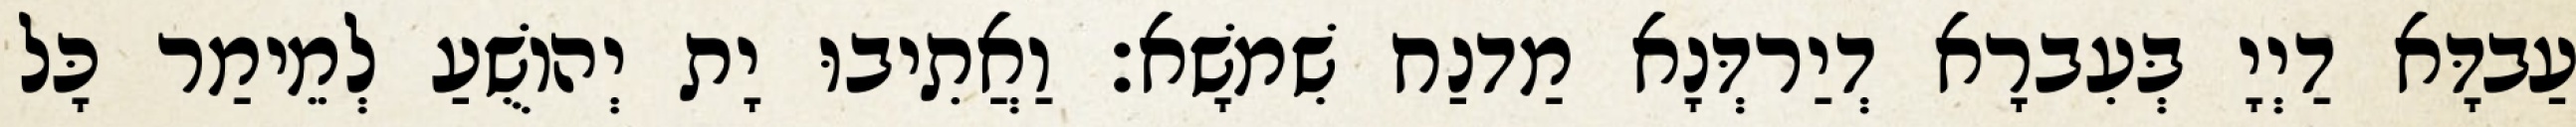
עַבדָּא דַיְיָ בְּעִברָא דְיַרדְּנָא מַדנַח שִׁמשָׁא׃ וַאֲתִיבוּ יָת יְהוֹשֻׁעַ לְמֵימַר כָּל